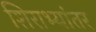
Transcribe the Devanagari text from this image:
शिराभ्यांतर